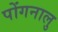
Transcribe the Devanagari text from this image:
पोंगनालु